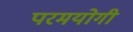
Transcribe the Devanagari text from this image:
परमयोगी